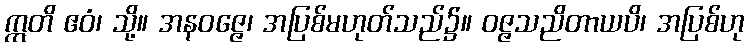
ဣတိ ဧဝံ၊ သို့။ အနဝဇ္ဇေ၊ အပြစ်မဟုတ်သည်၌။ ဝဇ္ဇသညိတာယပိ၊ အပြစ်ဟု